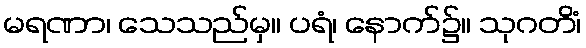
မရဏာ၊ သေသည်မှ။ ပရံ၊ နောက်၌။ သုဂတိံ၊